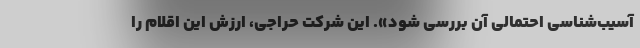
آسیب‌شناسی احتمالی آن بررسی شود». این شرکت حراجی، ارزش این اقلام را